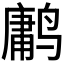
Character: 𱊤